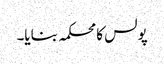
پولس کا محکمہ بنایا۔